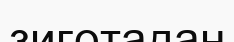
зиготадан